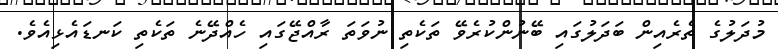
މުދަލުގެ ތެރެއިން ބަދަލުގައި ބޭނުންކުރެވޭ ތަކެތި ނުވަތަ ރާއްޖޭގައި ހެއްދޭނެ ތަކެތި ކަނޑައެޅިއެވެ.